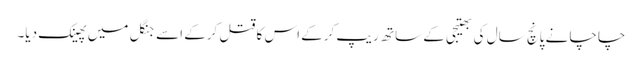
چاچا نے پانچ سال کی بھتیجی کے ساتھ ریپ کرکے اس کا قتل کرکے اسے جنگل میں پھینک دیا۔